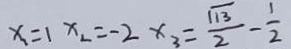
x _ { 1 } = 1 x _ { 2 } = - 2 x _ { 3 } = \frac { \sqrt { 1 3 } } { 2 } - \frac { 1 } { 2 }